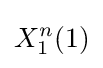
X_{1}^{n}(1)